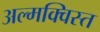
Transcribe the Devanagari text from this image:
अल्मक्विस्त